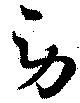
勞